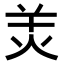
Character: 𤇇